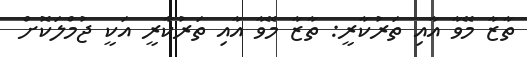
ތާޒާ މޭވާ އާއި ތަރުކާރީ: ތާޒާ މޭވާ އާއި ތަރުކާރީ އަކީ ޖުމްލަކޮށް